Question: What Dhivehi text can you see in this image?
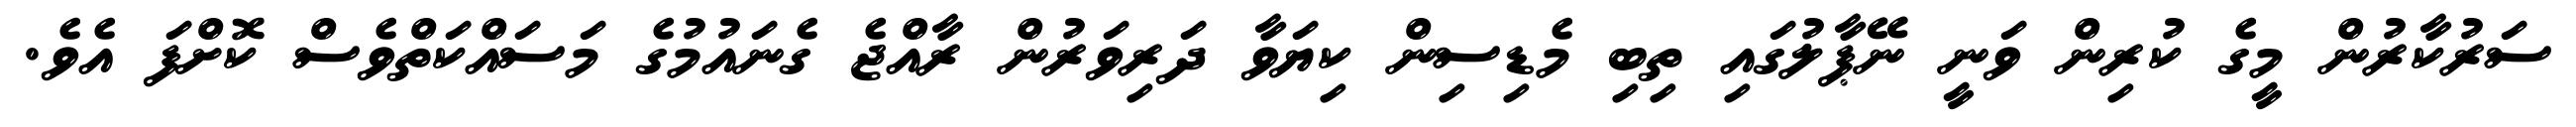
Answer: ސަރުކާރުން މީގެ ކުރިން ވަނީ ނޭޕާލުގައި ތިބި މެޑިސިން ކިޔަވާ ދަރިވަރުން ރާއްޖެ ގެނައުމުގެ މަސައްކަތްވެސް ކޮށްފަ އެވެ.